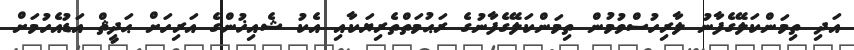
އަދި ތިމަންކަލޭގެފާނު ލާރިހުސްވުމުން ތިމަންކަލޭގެފާނުގެ ރަޙުމަތްތެރިޔަކާއި އެކު ޝެއިޚުންގެ އަރިހަށް ޙަދީޘް އަޑުއެހުމަށް